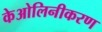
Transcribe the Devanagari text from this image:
केओलिनीकरण